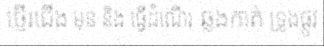
ថ្មើរជើង មុន និង ធ្វើដំណើរ ឆ្លងកាត់ ទ្រូងផ្លូវ